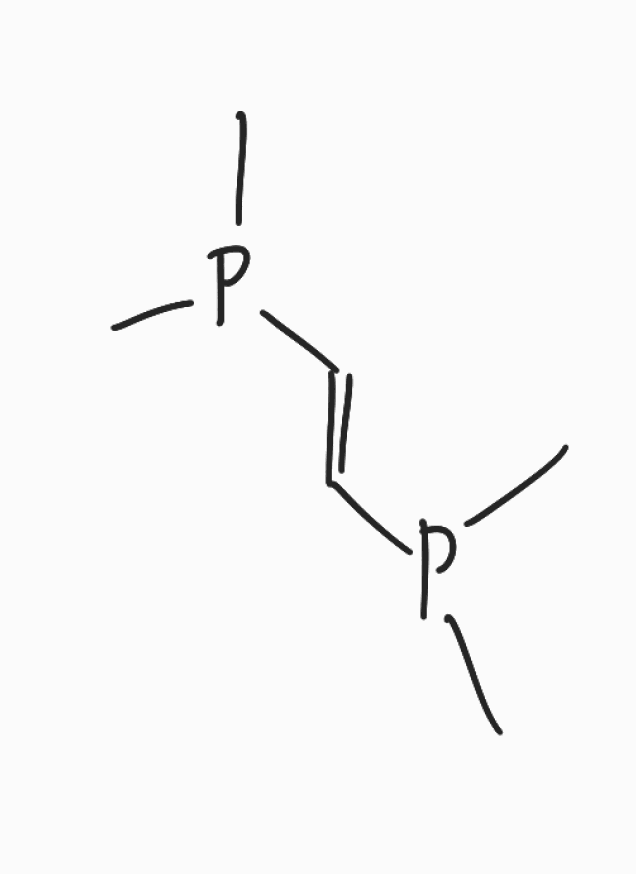
Simplified molecular-input line-entry system (SMILES) notation of the given molecule:
CP(C)/C=C/P(C)C